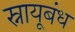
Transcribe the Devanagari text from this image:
स्नायूबंध